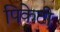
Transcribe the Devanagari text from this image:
पिकेटी